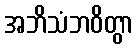
အဘိသံဘဝိတွာ